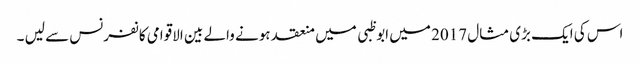
اس کی ایک بڑی مثال 2017 میں ابوظبی میں منعقد ہونے والے بین الاقوامی کانفرنس سے لیں ۔